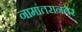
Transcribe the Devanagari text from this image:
नामांतरानंतर